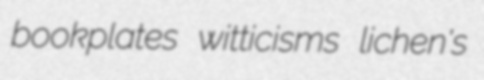
bookplates witticisms lichen's